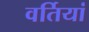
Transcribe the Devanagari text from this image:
वर्तियां